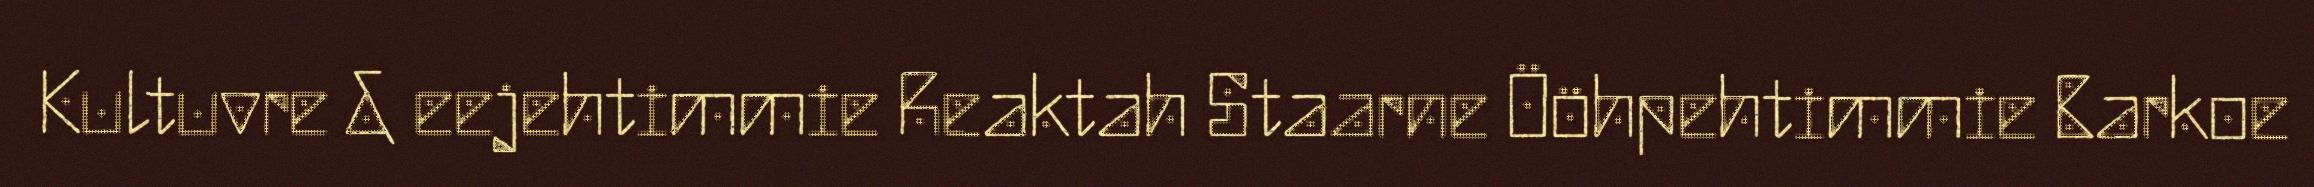
Kultuvre & eejehtimmie Reaktah Staarne Ööhpehtimmie Barkoe